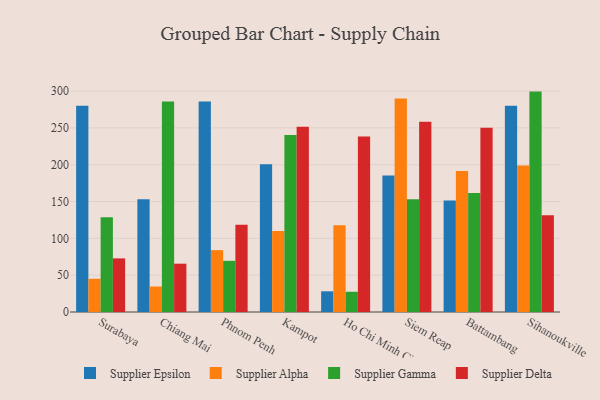
{"axis": {"x": "City", "y": "Active Users"}, "legend": ["Supplier Alpha", "Supplier Delta", "Supplier Epsilon", "Supplier Gamma"], "data": [{"x": "Surabaya", "y": 280.2, "type": "Supplier Epsilon"}, {"x": "Surabaya", "y": 45.1, "type": "Supplier Alpha"}, {"x": "Surabaya", "y": 128.5, "type": "Supplier Gamma"}, {"x": "Surabaya", "y": 72.8, "type": "Supplier Delta"}, {"x": "Chiang Mai", "y": 153.2, "type": "Supplier Epsilon"}, {"x": "Chiang Mai", "y": 34.6, "type": "Supplier Alpha"}, {"x": "Chiang Mai", "y": 285.7, "type": "Supplier Gamma"}, {"x": "Chiang Mai", "y": 65.6, "type": "Supplier Delta"}, {"x": "Phnom Penh", "y": 285.8, "type": "Supplier Epsilon"}, {"x": "Phnom Penh", "y": 84.0, "type": "Supplier Alpha"}, {"x": "Phnom Penh", "y": 69.5, "type": "Supplier Gamma"}, {"x": "Phnom Penh", "y": 118.5, "type": "Supplier Delta"}, {"x": "Kampot", "y": 200.6, "type": "Supplier Epsilon"}, {"x": "Kampot", "y": 110.1, "type": "Supplier Alpha"}, {"x": "Kampot", "y": 240.5, "type": "Supplier Gamma"}, {"x": "Kampot", "y": 251.5, "type": "Supplier Delta"}, {"x": "Ho Chi Minh City", "y": 28.1, "type": "Supplier Epsilon"}, {"x": "Ho Chi Minh City", "y": 117.7, "type": "Supplier Alpha"}, {"x": "Ho Chi Minh City", "y": 27.5, "type": "Supplier Gamma"}, {"x": "Ho Chi Minh City", "y": 238.4, "type": "Supplier Delta"}, {"x": "Siem Reap", "y": 185.5, "type": "Supplier Epsilon"}, {"x": "Siem Reap", "y": 289.9, "type": "Supplier Alpha"}, {"x": "Siem Reap", "y": 153.2, "type": "Supplier Gamma"}, {"x": "Siem Reap", "y": 258.3, "type": "Supplier Delta"}, {"x": "Battambang", "y": 151.3, "type": "Supplier Epsilon"}, {"x": "Battambang", "y": 191.4, "type": "Supplier Alpha"}, {"x": "Battambang", "y": 161.6, "type": "Supplier Gamma"}, {"x": "Battambang", "y": 250.2, "type": "Supplier Delta"}, {"x": "Sihanoukville", "y": 280.1, "type": "Supplier Epsilon"}, {"x": "Sihanoukville", "y": 199.0, "type": "Supplier Alpha"}, {"x": "Sihanoukville", "y": 299.3, "type": "Supplier Gamma"}, {"x": "Sihanoukville", "y": 131.3, "type": "Supplier Delta"}]}